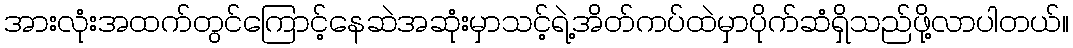
အားလုံးအထက်တွင်ကြောင့်နေဆဲအဆုံးမှာသင့်ရဲ့အိတ်ကပ်ထဲမှာပိုက်ဆံရှိသည်ဖို့လာပါတယ်။